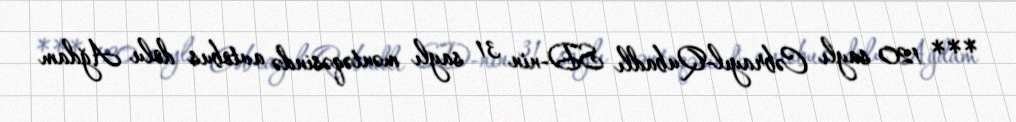
*** 120 saylı Cəbrayıl-Qubadlı SD-nin 31 saylı məntəqəsində avtobus dolu Ağdam